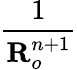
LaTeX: \frac{1}{\textbf{R}_{o}^{n+1}}